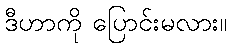
ဒီဟာကို ပြောင်းမလား။